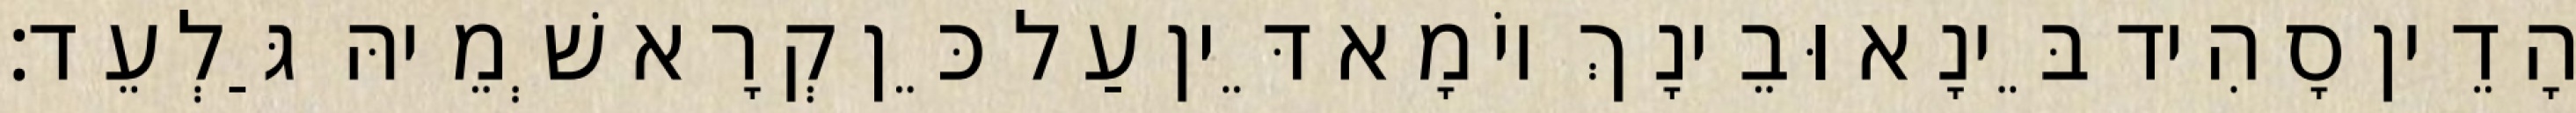
הָדֵין סָהִיד בֵּינָא וּבֵינָךְ יוֹמָא דֵּין עַל כֵּן קְרָא שְׁמֵיהּ גַּלְעֵד׃